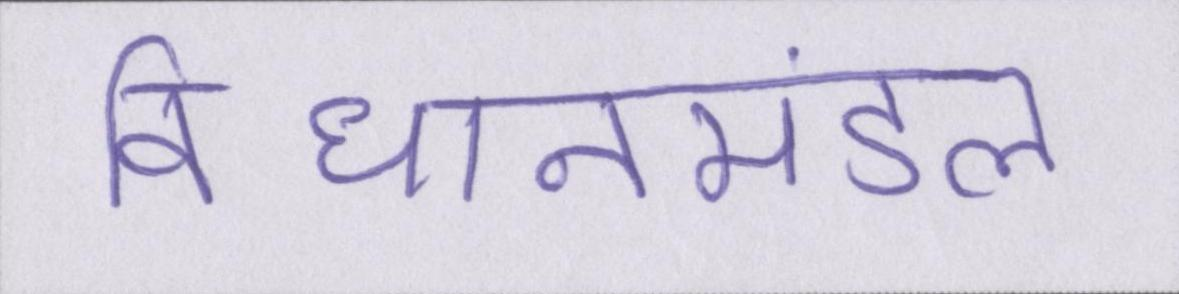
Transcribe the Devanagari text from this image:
विधानमंडल